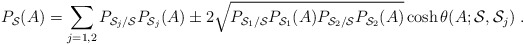
\begin{align*}P_{{\cal S}}(A)= \sum_{j=1,2} P_{{\cal S}_j/{\cal S}} P_{{\cal S}_j}(A) \pm2 \sqrt{P_{{\cal S}_1/{\cal S}} P_{{\cal S}_1}(A)P_{{\cal S}_2/{\cal S}} P_{{\cal S}_2}(A)} \cosh \theta(A; {\cal S}, {\cal S}_j)\;.\end{align*}